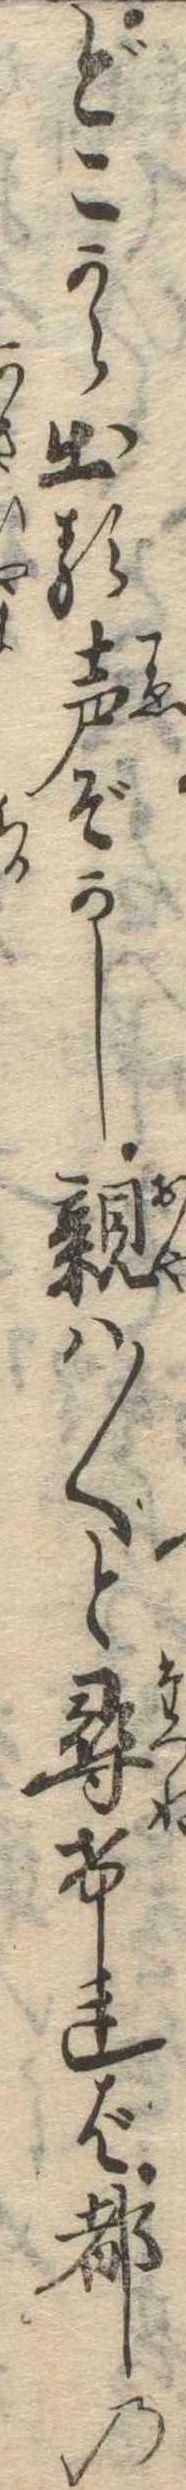
どこから出る声ぞかし親は〱と尋ければ都の